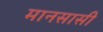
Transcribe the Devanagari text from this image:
मानसासी